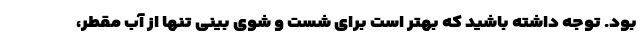
بود. توجه داشته باشید که بهتر است برای شست و شوی بینی تنها از آب مقطر،